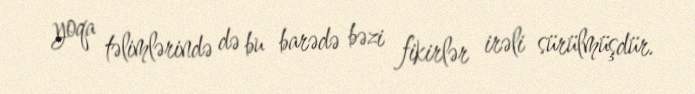
yoqa təlimlərində də bu barədə bəzi fikirlər irəli sürülmüşdür.